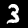
Label: 3